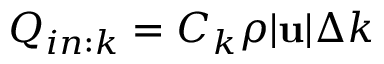
Q _ { i n : k } = C _ { k } \rho | \mathbf { u } | \Delta k